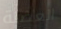
العضلة